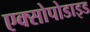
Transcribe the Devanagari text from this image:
एक्सोपोडाइड